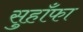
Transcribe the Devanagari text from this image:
सुहाँफा